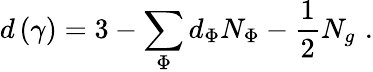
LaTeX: d\left(\gamma\right)=3-\sum_{\Phi}d_{\Phi}N_{\Phi}-\frac 12N_{g}\, \, .